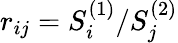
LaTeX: r_{ij}=S_{i}^{(1)}/S_{j}^{(2)}